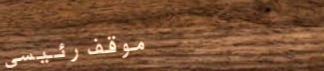
موقف رئيسي